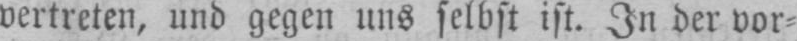
vertreten, und gegen uns selbst ist. In der vor⸗